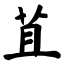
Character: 苴